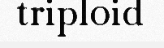
triploid